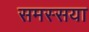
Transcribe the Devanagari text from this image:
समस्सया